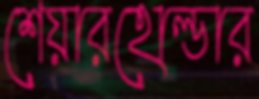
শেয়ারহোল্ডার